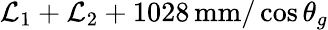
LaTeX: \mathcal{L}_{1}+\mathcal{L}_{2}+1028\, \mathrm{{mm}}/\cos\theta_{g}